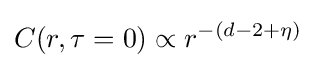
C(r,\tau =0)\propto r^{-(d-2+\eta )}